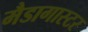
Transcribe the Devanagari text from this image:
मैडागास्टर